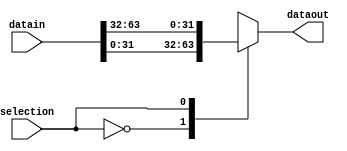
module multiplexor32b #(
parameter R=2, //Nmero de seales de entrada
parameter T=32, //Nmero de bits sseal de entrada
parameter N=1  //Nmero de bits dedicados para la seleccin de registros I/O TODO: Log2(N) Aproximar hacia arriba, por lo menos. 
)
(
input [N-1:0] selection,//Seal de seleccin para la escogencia del registro de salida.
input[R*T-1:0] datain,//Bus de datos de entrada. //TODO: Conectar siempre en orden desde 1 hasta la cantidad de registros totales. As al seleccionar 1 se selecciona el registro 1 y as sucesivamente.
output reg [T-1:0] dataout//Datos escogidos.
);


//Operacin de seleccin

always @(*) 
	begin
		case(selection)
			0: dataout=datain[31:0];
			1: dataout=datain[63:32];
			default dataout=0;
		endcase
	end
endmodule